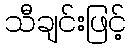
သီချင်းဖြင့်